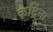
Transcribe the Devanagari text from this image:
कर्ट्रिना